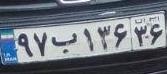
۹۷ب۱۳۶۳۶